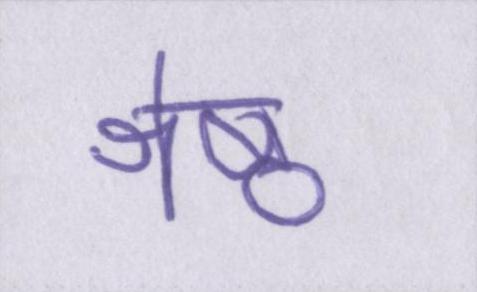
श्रेष्ठ